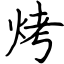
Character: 烤